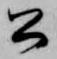
公